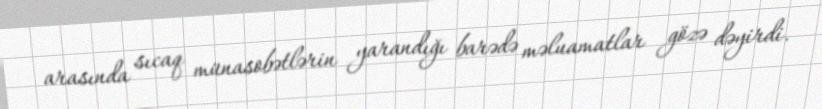
arasında sıcaq münasobətlərin yarandığı barədə məluamatlar gözə dəyirdi.